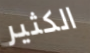
الكثير